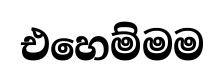
එහෙම්මම